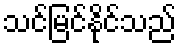
သင်မြင်နိုင်သည်